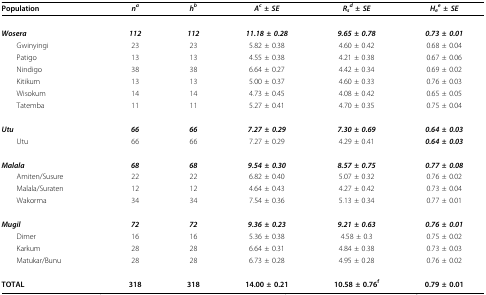
<table><thead><tr><td><b>Population</b></td><td><b><i>n<sup>a</sup></i></b></td><td><b><i>h<sup>b</sup></i></b></td><td><b><i>A<sup>c </sup>± SE</i></b></td><td><b><i>R<sub>s</sub><sup>d </sup>± SE</i></b></td><td><b><i>H<sub>e</sub><sup>e </sup>± SE</i></b></td></tr></thead><tbody><tr><td><b><i>Wosera</i></b></td><td><b><i>112</i></b></td><td><b><i>112</i></b></td><td><b><i>11.18 ± 0.28</i></b></td><td><b><i>9.65 ± 0.78</i></b></td><td><b><i>0.73 ± 0.01</i></b></td></tr><tr><td> Gwinyingi</td><td>23</td><td>23</td><td>5.82 ± 0.38</td><td>4.60 ± 0.42</td><td>0.68 ± 0.04</td></tr><tr><td> Patigo</td><td>13</td><td>13</td><td>4.55 ± 0.38</td><td>4.21 ± 0.38</td><td>0.67 ± 0.06</td></tr><tr><td> Nindigo</td><td>38</td><td>38</td><td>6.64 ± 0.27</td><td>4.42 ± 0.34</td><td>0.69 ± 0.02</td></tr><tr><td> Kitikum</td><td>13</td><td>13</td><td>5.00 ± 0.37</td><td>4.60 ± 0.33</td><td>0.76 ± 0.03</td></tr><tr><td> Wisokum</td><td>14</td><td>14</td><td>4.73 ± 0.45</td><td>4.08 ± 0.42</td><td>0.65 ± 0.05</td></tr><tr><td> Tatemba</td><td>11</td><td>11</td><td>5.27 ± 0.41</td><td>4.70 ± 0.35</td><td>0.75 ± 0.04</td></tr><tr><td><b><i>Utu</i></b></td><td><b><i>66</i></b></td><td><b><i>66</i></b></td><td><b><i>7.27 ± 0.29</i></b></td><td><b><i>7.30 ± 0.69</i></b></td><td><b><i>0.64 ± 0.03</i></b></td></tr><tr><td> Utu</td><td>66</td><td>66</td><td>7.27 ± 0.29</td><td>4.29 ± 0.41</td><td><b><i>0.64 ± 0.03</i></b></td></tr><tr><td><b><i>Malala</i></b></td><td><b><i>68</i></b></td><td><b><i>68</i></b></td><td><b><i>9.54 ± 0.30</i></b></td><td><b><i>8.57 ± 0.75</i></b></td><td><b><i>0.77 ± 0.08</i></b></td></tr><tr><td> Amiten/Susure</td><td>22</td><td>22</td><td>6.82 ± 0.40</td><td>5.07 ± 0.32</td><td>0.76 ± 0.02</td></tr><tr><td> Malala/Suraten</td><td>12</td><td>12</td><td>4.64 ± 0.43</td><td>4.27 ± 0.42</td><td>0.73 ± 0.04</td></tr><tr><td> Wakorma</td><td>34</td><td>34</td><td>7.54 ± 0.36</td><td>5.13 ± 0.34</td><td>0.77 ± 0.01</td></tr><tr><td><b><i>Mugil</i></b></td><td><b><i>72</i></b></td><td><b><i>72</i></b></td><td><b><i>9.36 ± 0.23</i></b></td><td><b><i>9.21 ± 0.63</i></b></td><td><b><i>0.76 ± 0.01</i></b></td></tr><tr><td> Dimer</td><td>16</td><td>16</td><td>5.36 ± 0.38</td><td>4.58 ± 0.3</td><td>0.75 ± 0.02</td></tr><tr><td> Karkum</td><td>28</td><td>28</td><td>6.64 ± 0.31</td><td>4.84 ± 0.38</td><td>0.73 ± 0.03</td></tr><tr><td> Matukar/Bunu</td><td>28</td><td>28</td><td>6.73 ± 0.28</td><td>4.95 ± 0.28</td><td>0.76 ± 0.02</td></tr><tr><td><b>TOTAL</b></td><td><b>318</b></td><td><b>318</b></td><td><b>14.00 ± 0.21</b></td><td><b>10.58 ± 0.76<sup>f</sup></b></td><td><b>0.79 ± 0.01</b></td></tr></tbody></table>